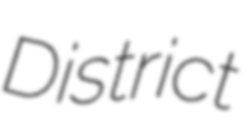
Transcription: District